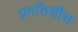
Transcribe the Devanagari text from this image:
प्रगतिशीस